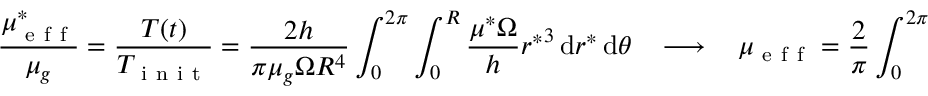
\frac { \mu _ { \mathrm { ~ e ~ f ~ f ~ } } ^ { * } } { \mu _ { g } } = \frac { T ( t ) } { T _ { \mathrm { ~ i ~ n ~ i ~ t ~ } } } = \frac { 2 h } { \pi \mu _ { g } \Omega R ^ { 4 } } \int _ { 0 } ^ { 2 \pi } \int _ { 0 } ^ { R } \frac { \mu ^ { * } \Omega } { h } { r ^ { * } } ^ { 3 } \, \mathrm { d } r ^ { * } \, \mathrm { d } \theta ~ ~ ~ ~ \longrightarrow ~ ~ ~ ~ \mu _ { \mathrm { ~ e ~ f ~ f ~ } } = \frac { 2 } { \pi } \int _ { 0 } ^ { 2 \pi } \int _ { 0 } ^ { 1 } \mu { r } ^ { 3 } \, \mathrm { d } r \, \mathrm { d } \theta ,